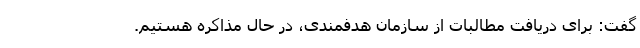
گفت: برای دریافت مطالبات از سازمان هدفمندی،‌ در حال مذاکره هستیم.